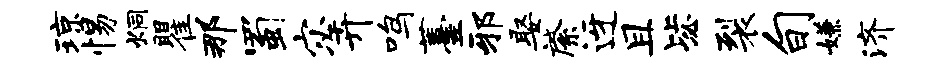
琼惕炯瞿那蜀宓卉鸣薹邪娶綮迓且毖裂旬嫌济